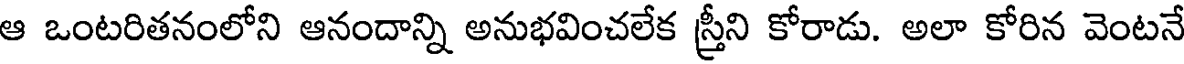
ఆ ఒంటరితనంలోని ఆనందాన్ని అనుభవించలేక స్త్రీని కోరాడు. అలా కోరిన వెంటనే